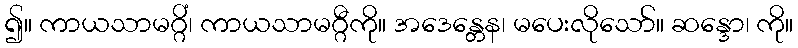
၍။ ကာယသာမဂ္ဂိံ၊ ကာယသာမဂ္ဂီကို။ အဒေန္တေန၊ မပေးလိုသော်။ ဆန္ဒော၊ ကို။